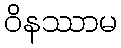
ဝိနဿာမ